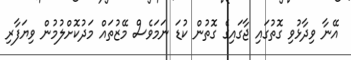
އޭނާ ވިދާޅުވި ގޮތުގައި ޖާގައިގެ ގޮތުން ކުޑަ ނަމަވެސް މޭޒުތައް މަދުކޮށްލުމުން ވިޔަފާރި